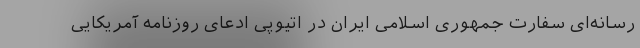
رسانه‌ای سفارت جمهوری اسلامی ایران در اتیوپی ادعای روزنامه آمریکایی